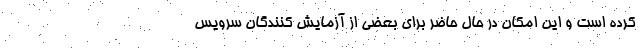
کرده است و این امکان در حال حاضر برای بعضی از آزمایش کنندگان سرویس